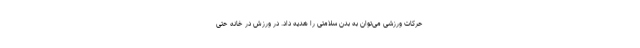
حرکات ورزشی می‌توان به بدن سلامتی را هدیه داد. در ورزش در خانه حتی